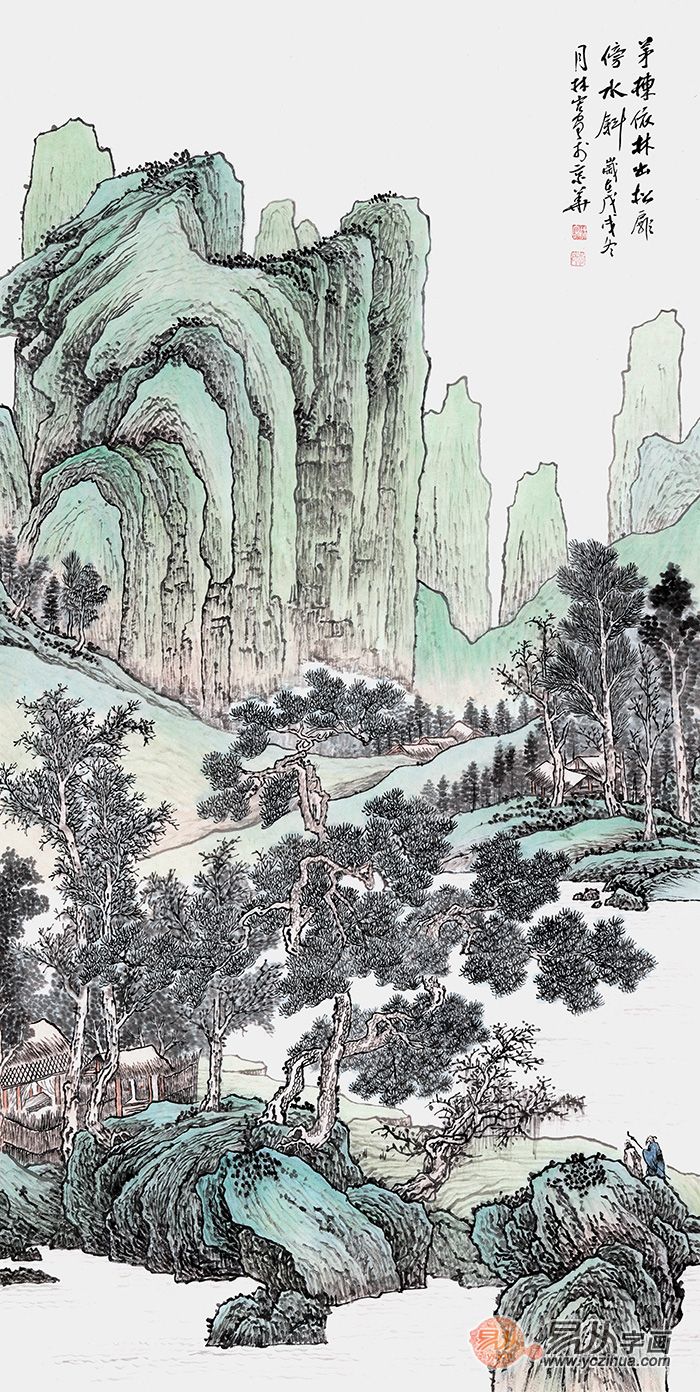
独自上层楼，楼外青山远。